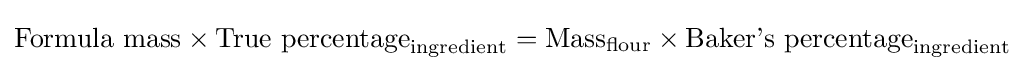
{\text{Formula mass}}\times {\text{True percentage}}_{\text{ingredient}}={\text{Mass}}_{\text{flour}}\times {\text{Baker's percentage}}_{\text{ingredient}}